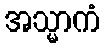
အသ္မာကံ